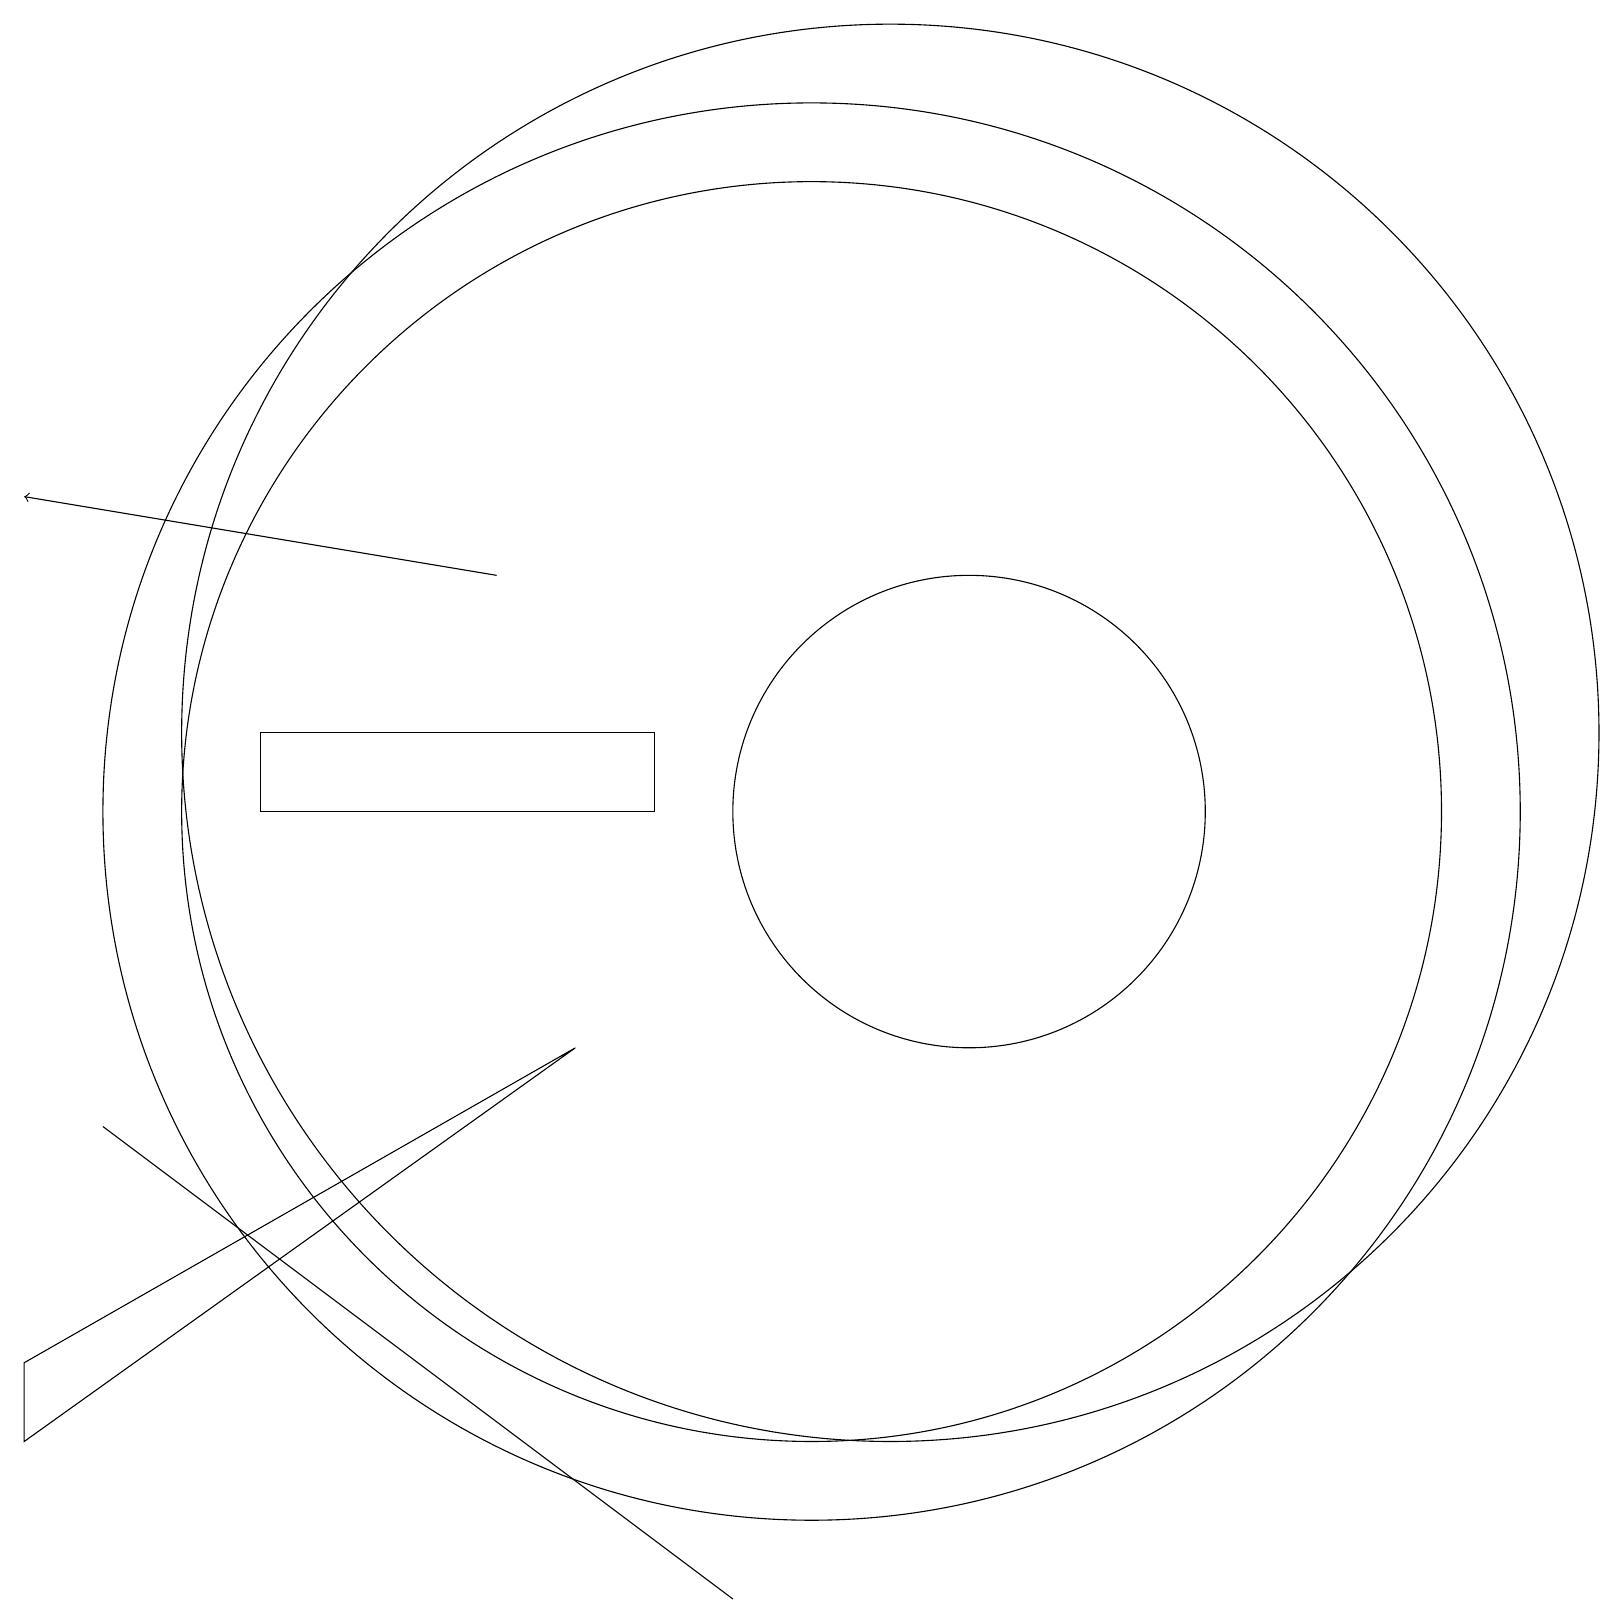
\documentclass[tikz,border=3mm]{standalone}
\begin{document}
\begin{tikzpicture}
\draw (11,12) circle (9);
\draw (9,1) -- (9,1) -- (1,7) -- cycle;
\draw (8,11) rectangle (3,12);
\draw (12,11) circle (3);
\draw (7,8) -- (0,4) -- (0,3) -- cycle;
\draw[->] (6,14) -- (0,15);
\draw (10,11) circle (8);
\draw (10,11) circle (9);
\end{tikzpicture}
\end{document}